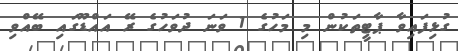
ގުޅިފައިވާ ޕާޓީތަކުން މި މަހުގެ 1 ވަނަ ދުވަހުގެ ރޭ އައްޑޫގައި ބޭއްވި